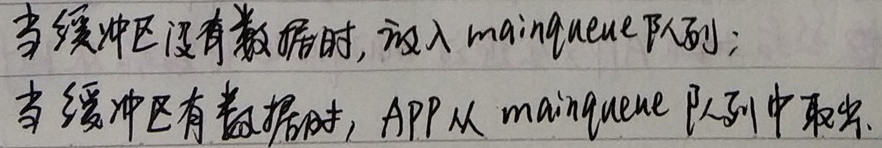
当缓冲区没有数据时，放入 mainqueue 队列；当缓冲区有数据时，APP 从 mainqueue 队列中取出。